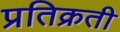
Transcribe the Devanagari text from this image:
प्रतिक्रती